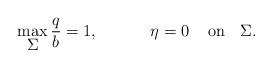
LaTeX: \begin{align*}\max_{\displaystyle\Sigma} \frac{q}{b}=1,\;\;\;\;\;\;\;\;\;\;\ \eta=0 \;\;\;\ \textrm{on} \;\;\ \displaystyle\Sigma.\end{align*}